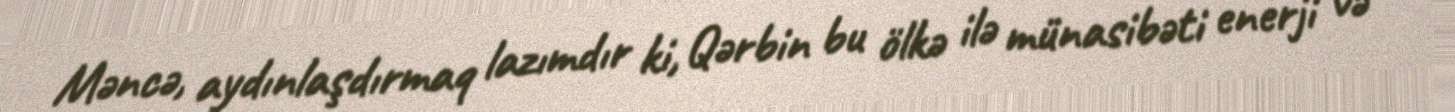
Məncə, aydınlaşdırmaq lazımdır ki, Qərbin bu ölkə ilə münasibəti enerji və